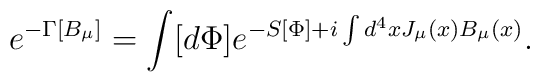
e^{-\Gamma [B_{\mu}]}=\int [d\Phi]e^{-S[\Phi]+i\int d^4 x J_{\mu}(x) B_{\mu}(x)}.